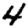
Digit: 4